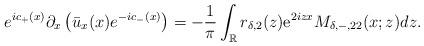
LaTeX: \begin{align*}e^{ic_+(x)} \partial_{x}\left(\bar{u}_x(x) e^{-ic_-(x)}\right)=-\frac{1}{\pi} \int_{\mathbb{R}} r_{\delta,2}(z) \mathrm{e}^{2 i z x} M_{\delta,-,22}(x ;z) dz.\end{align*}